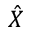
\hat { X }